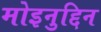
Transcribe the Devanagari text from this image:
मोइनुद्दिन